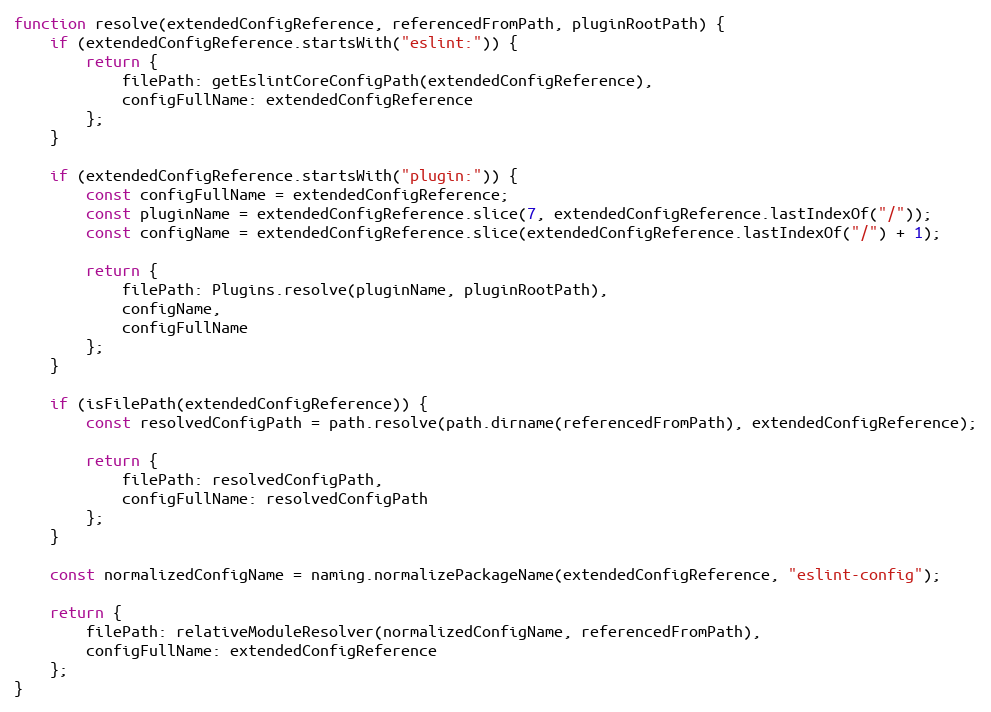
Language: JavaScript
function resolve(extendedConfigReference, referencedFromPath, pluginRootPath) {
    if (extendedConfigReference.startsWith("eslint:")) {
        return {
            filePath: getEslintCoreConfigPath(extendedConfigReference),
            configFullName: extendedConfigReference
        };
    }

    if (extendedConfigReference.startsWith("plugin:")) {
        const configFullName = extendedConfigReference;
        const pluginName = extendedConfigReference.slice(7, extendedConfigReference.lastIndexOf("/"));
        const configName = extendedConfigReference.slice(extendedConfigReference.lastIndexOf("/") + 1);

        return {
            filePath: Plugins.resolve(pluginName, pluginRootPath),
            configName,
            configFullName
        };
    }

    if (isFilePath(extendedConfigReference)) {
        const resolvedConfigPath = path.resolve(path.dirname(referencedFromPath), extendedConfigReference);

        return {
            filePath: resolvedConfigPath,
            configFullName: resolvedConfigPath
        };
    }

    const normalizedConfigName = naming.normalizePackageName(extendedConfigReference, "eslint-config");

    return {
        filePath: relativeModuleResolver(normalizedConfigName, referencedFromPath),
        configFullName: extendedConfigReference
    };
}